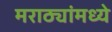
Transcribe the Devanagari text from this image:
मराठ्यांमध्ये